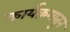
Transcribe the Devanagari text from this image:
कार्यक्रमातुन